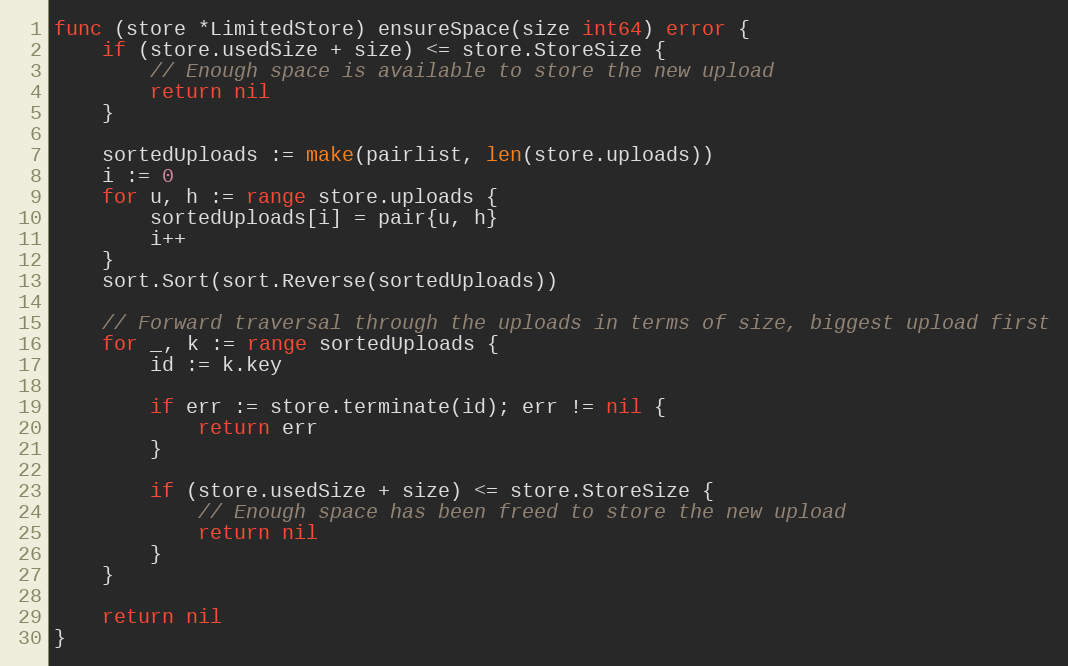
Language: Go
func (store *LimitedStore) ensureSpace(size int64) error {
	if (store.usedSize + size) <= store.StoreSize {
		// Enough space is available to store the new upload
		return nil
	}

	sortedUploads := make(pairlist, len(store.uploads))
	i := 0
	for u, h := range store.uploads {
		sortedUploads[i] = pair{u, h}
		i++
	}
	sort.Sort(sort.Reverse(sortedUploads))

	// Forward traversal through the uploads in terms of size, biggest upload first
	for _, k := range sortedUploads {
		id := k.key

		if err := store.terminate(id); err != nil {
			return err
		}

		if (store.usedSize + size) <= store.StoreSize {
			// Enough space has been freed to store the new upload
			return nil
		}
	}

	return nil
}